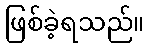
ဖြစ်ခဲ့ရသည်။